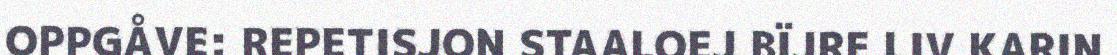
OPPGÅVE: REPETISJON STAALOEJ BÏJRE LIV KARIN